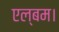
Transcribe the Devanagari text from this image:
एल्बम।